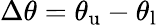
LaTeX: \Delta\theta=\theta_{\mathrm{u}}-\theta_{\mathrm{l}}